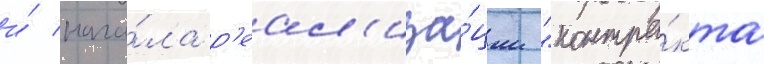
и́ нача́ла р'еал'иза́ции "контра́кта